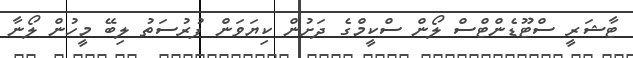
ޓާޝަރީ ސްޓޫޑެންޓްސް ލޯން ސްކީމްގެ ދަށުން ކިޔަވަން ފުރުސަތު ލިބޭ މީހުން ލޯނާ